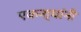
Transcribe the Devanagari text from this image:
एकना्थांनी